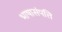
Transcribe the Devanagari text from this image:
भाषासंपत्ति